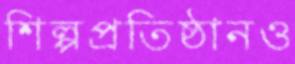
শিল্পপ্রতিষ্ঠানও